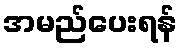
အမည်ပေးရန်